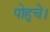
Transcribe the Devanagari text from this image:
पोहुचे।